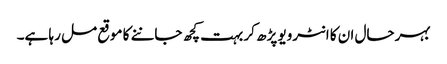
بہرحال ان کا انٹرویو پڑھ کر بہت کچھ جاننے کا موقع مل رہا ہے۔